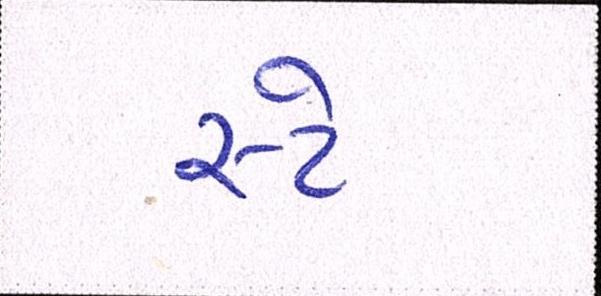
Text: સ્ટે